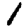
Digit: 1